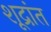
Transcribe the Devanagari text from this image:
शूद्रांत